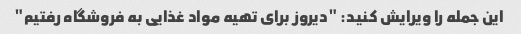
این جمله را ویرایش کنید: "دیروز برای تهیه مواد غذایی به فروشگاه رفتیم"